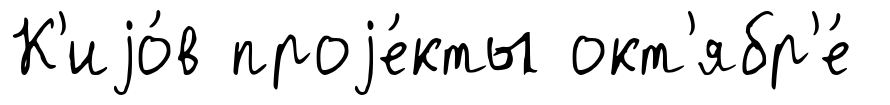
К'иjо́в проjе́кты окт'ябр'е́